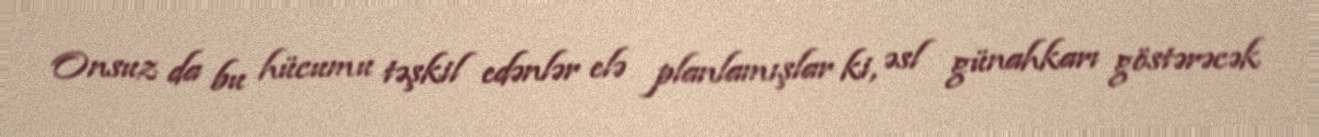
Onsuz da bu hücumu təşkil edənlər elə planlamışlar ki, əsl günahkarı göstərəcək